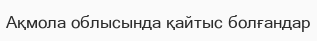
Ақмола облысында қайтыс болғандар